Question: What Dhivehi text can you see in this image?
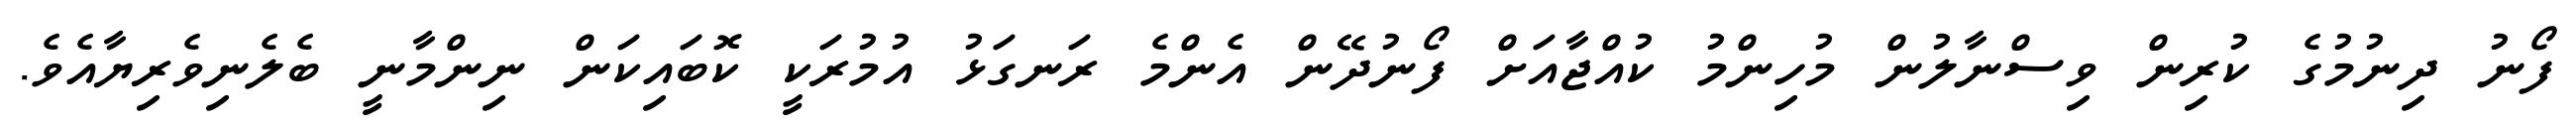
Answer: ފޯނު ދިނުމުގެ ކުރިން ވިސްނާލުން މުހިންމު ކުއްޖާއަށް ފޯނުދޭން އެންމެ ރަނގަޅު އުމުރަކީ ކޮބައިކަން ނިންމާނީ ބެލެނިވެރިޔާއެވެ.